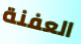
العفنة